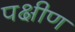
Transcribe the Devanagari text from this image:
पक्षीण